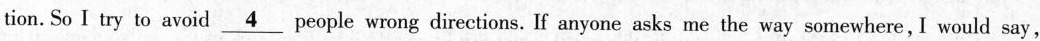
tion. So I try to avoid \underline{4} people wrong directions. If anyone asks me the way somewhere, I would say,